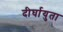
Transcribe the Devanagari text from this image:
दीर्घायुता